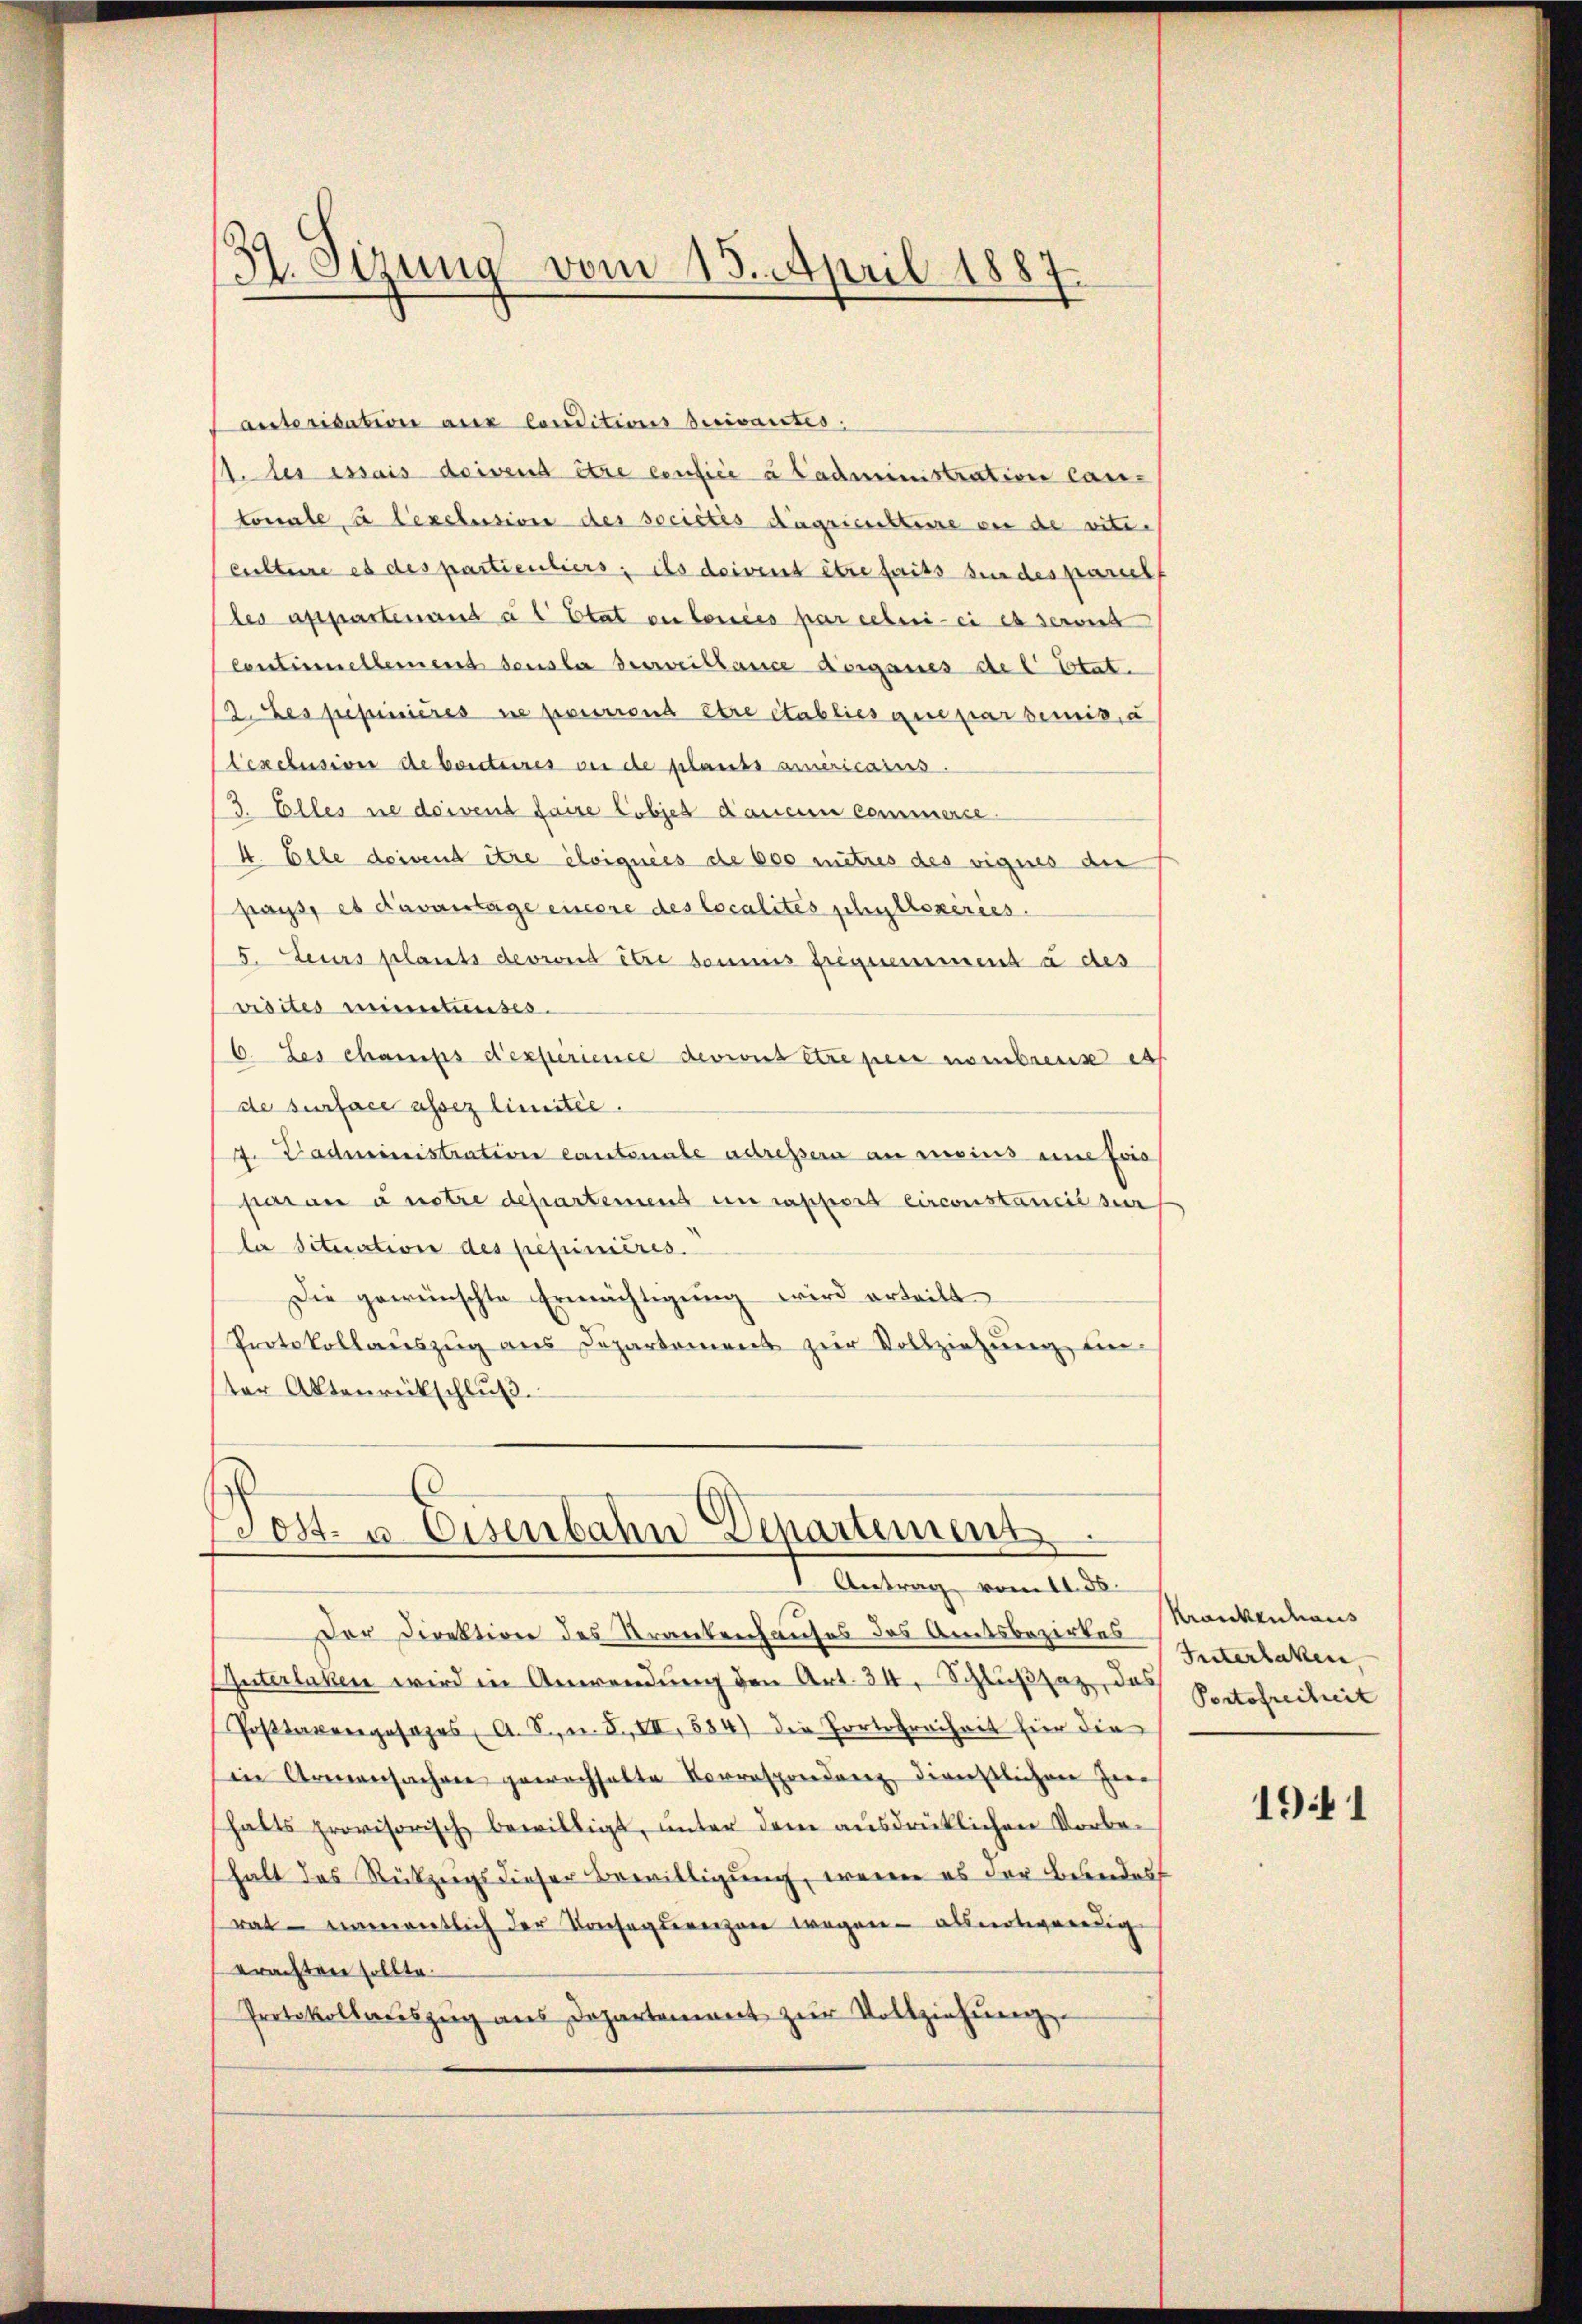
39. Sizung vom 15. April 1887.

anterisation aux conditions suivantes:
1. es essais doivent être confice à l’administrations Cantonale, à lexclusion des sociétés dägsiensteise vor de viti-
cultere es des partientiers; ils doivent être faits bin des pariel
les appartenant a l Etat ou louées par leben - ei es servit
Centimellemend densla verweitlance Vorganes de l. Etat.
12. Les pepinieres ne pourront être établies que par bemit, a
Cexclusive de beiteres vor de plants armericaris.
3. Elles ne doivent faire lobjets d’aucun commerse¬
4. Elle doivent être éloignées de 600 mitres des vignes der
pays, es davantage einere des localites schullopérées.
5. Leurs plants devront être sommes freyemment à des
visites mietunises.
6. Les charfes d’experience devront être pere nombreuse ess
de surface assez limitée.
4. Padministration cantonale adressera an reins eine Evis
paran anstre departement en rapport circonstancié sur
la Situation des pesimières.
Die gewünschte Ermächtigung wird erteilt
Protokollauszug aus Departement zur Vollziehung ein-
ter Aktenrückschlŭβ

Post- u. Eisenbahn Departement.
1. Antrag vom 11. d.

Der Direktion des Krankenhauses des Amtsbezirkes
Enterlaken wird in Anwendung den Art. 34, Schlußsaz, das
Postaengesages, A. S. 8, VII, 584) die Portofreiheit für die
ine Armensacher gewachhalte Vorresprendenz dienstlichen Zie
halts provisorisch bewilligt, unter dem ausdrüklichen Vorbehalt das Rückzugs dieser Bewilligung, wenn es der Beseidest
rat namentlich der Vorsagterenzen wegen absartigeredig
erachten sollte.
Protokollauszug aus Departement zŭr Vollziehŭng

Krankenhaus
Interlaken,
Portofreiheit

1941